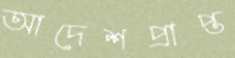
আদেশপ্রাপ্ত